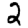
Digit: 2